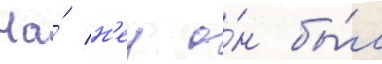
На́ н'еи о́н бы́л